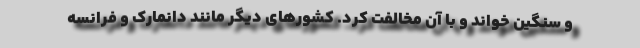
و سنگین خواند و با آن مخالفت کرد. کشورهای دیگر مانند دانمارک و فرانسه